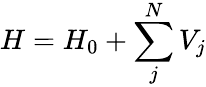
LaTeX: H=H_{0}+\sum_{j}^{N}V_{j}